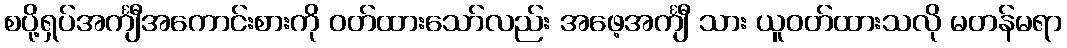
စပို့ရှပ်အင်္ကျီအကောင်းစားကို ဝတ်ထားသော်လည်း အဖေ့အင်္ကျီ သား ယူဝတ်ထားသလို မတန်မရာ